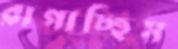
রাগাচ্ছিস